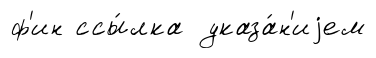
ф'ин ссы́лка указа́н'иjем